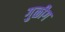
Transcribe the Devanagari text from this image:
गुळीग